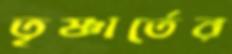
তৃষ্ণার্তের